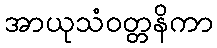
အာယုသံဝတ္တနိကာ